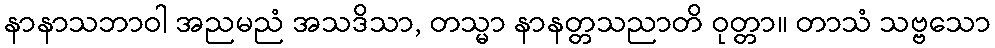
နာနာသဘာဝါ အညမညံ အသဒိသာ, တသ္မာ နာနတ္တသညာတိ ဝုတ္တာ။ တာသံ သဗ္ဗသော